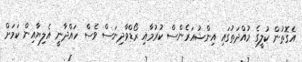
އެގޮތުން ކުލީގެ މުއްދަތުގައި އިންޝުއަރެންސް ކުރުމާއި ރޯޑްވާދިނަސް ވެސް ހައްދާނީ އެލިޔާއިން ކަމަށް